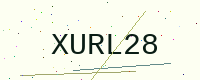
Text: XURL28